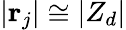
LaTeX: \left|\textbf{r}_{j}\right|\cong\left|Z_{d}\right|